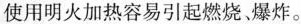
使用明火加热容易引起燃烧、爆炸。